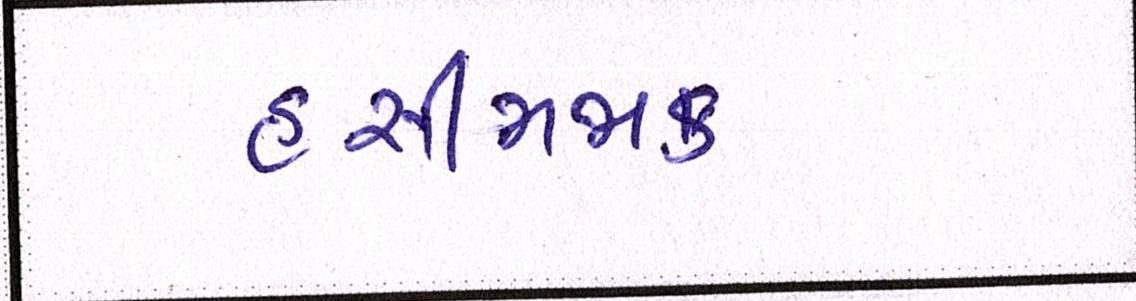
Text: હસીમજાક